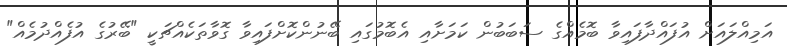
އަމިއްލައަށް އުފައްދާފައިވާ ބޮމެއްގެ ސަބަބުން ކަމަށާއި އެބޮމުގައި ބޭނުންކޮށްފައިވާ ގޮވާތަކެއްޗަކީ "ބޭރުގެ އުފެއްދުމެއް"